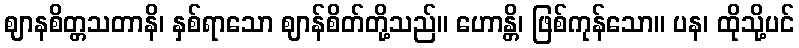
ဈာနစိတ္တသတာနိ၊ နှစ်ရာသော ဈာန်စိတ်တို့သည်။ ဟောန္တိ၊ ဖြစ်ကုန်သော။ ပန၊ ထိုသို့ပင်